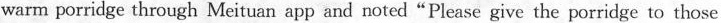
warm porridge through Meituan app and noted"Please give the porridge to those